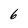
Character: 6